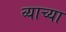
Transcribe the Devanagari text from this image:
व्याच्या